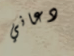
دعاني